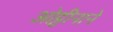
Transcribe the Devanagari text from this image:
ओट्टीनाने